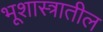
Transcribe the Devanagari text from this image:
भूशास्त्रातील